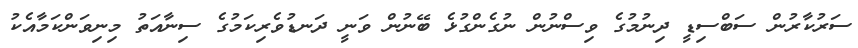
ސަރުކާރުން ސަބްސިޑީ ދިނުމުގެ ވިސްނުން ނުގެންގުޅެ ބޭނުން ވަނީ ދަނޑުވެރިކަމުގެ ސިނާއަތު މިނިވަންކަމާއެކު